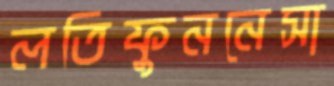
লতিফুননেসা